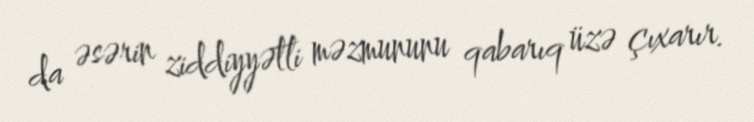
da əsərin ziddiyyətli məzmununu qabarıq üzə çıxarır.